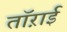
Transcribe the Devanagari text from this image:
तॉऱाई